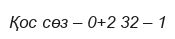
Қос сөз – 0+2 32 – 1